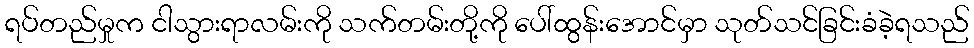
ရပ်တည်မှုက ငါသွားရာလမ်းကို သက်တမ်းတို့ကို ပေါ်ထွန်းအောင်မှာ သုတ်သင်ခြင်းခံခဲ့ရသည်